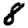
Digit: 8